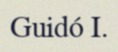
Guidó I.